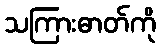
သကြားဓာတ်ကို